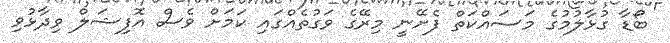
ބޯޑާ ގުޅާލުމުގެ މަސައްކަތް ފެށޭނީ މިރޭގެ ވަގުތެއްގައި ކަމަށް ވެސް އޮފިޝަލް ވިދާޅުވި